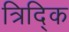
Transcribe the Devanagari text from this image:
त्रिद्कि